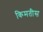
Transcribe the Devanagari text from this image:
किमतीस